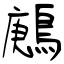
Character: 鶊